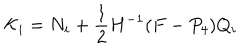
{ \cal K } _ { i } = { N } _ { i } + \frac { 1 } { 2 } H ^ { - 1 } ( F - P _ { 4 } ) Q _ { i }